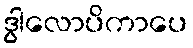
ဒွါလောပိကာပေ